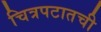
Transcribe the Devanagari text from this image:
चित्रपटातची